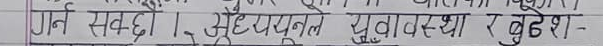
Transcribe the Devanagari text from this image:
गर्न सक्छ । बूढयपन्त युवावस्था र बुढेश-